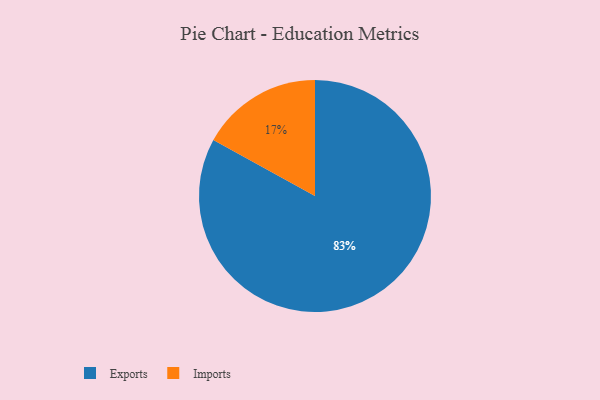
{"axis": {"x": "Category", "y": "Percentage"}, "legend": ["Exports", "Imports"], "data": [{"x": "Imports", "y": 17, "type": "Imports"}, {"x": "Exports", "y": 83, "type": "Exports"}]}